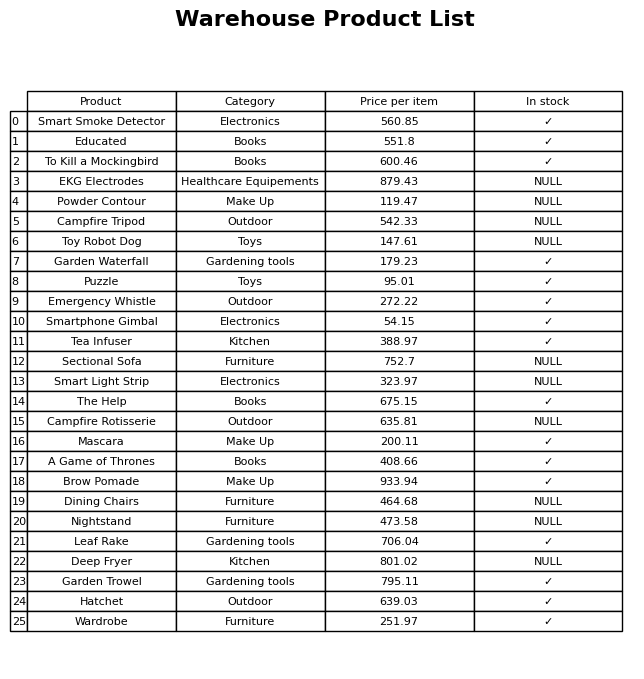
question: What is the price of the Toy Robot Dog?
answer: The price of Toy Robot Dog is 147.61.